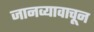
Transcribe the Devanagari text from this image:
जानव्यावाचून